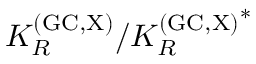
K _ { R } ^ { \mathrm { ( G C , X ) } } / { K _ { R } ^ { \mathrm { ( G C , X ) } } } ^ { * }